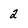
Character: 2